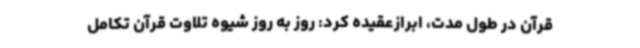
قرآن در طول مدت، ابرازعقیده کرد: روز به روز شیوه تلاوت قرآن تکامل